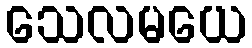
သေလမယေ